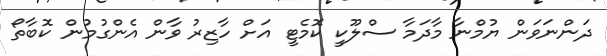
ދަންނަވަން ޔުމްނާ މާދަމާ ސްލޫކީ ކޮމެޓީ އަށް ހާޒިރު ވާން އެންގުމުން ކޮބާތޯ